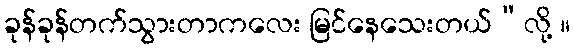
ခုန်ခုန်တက်သွားတာကလေး မြင်နေသေးတယ်”လို့ ။